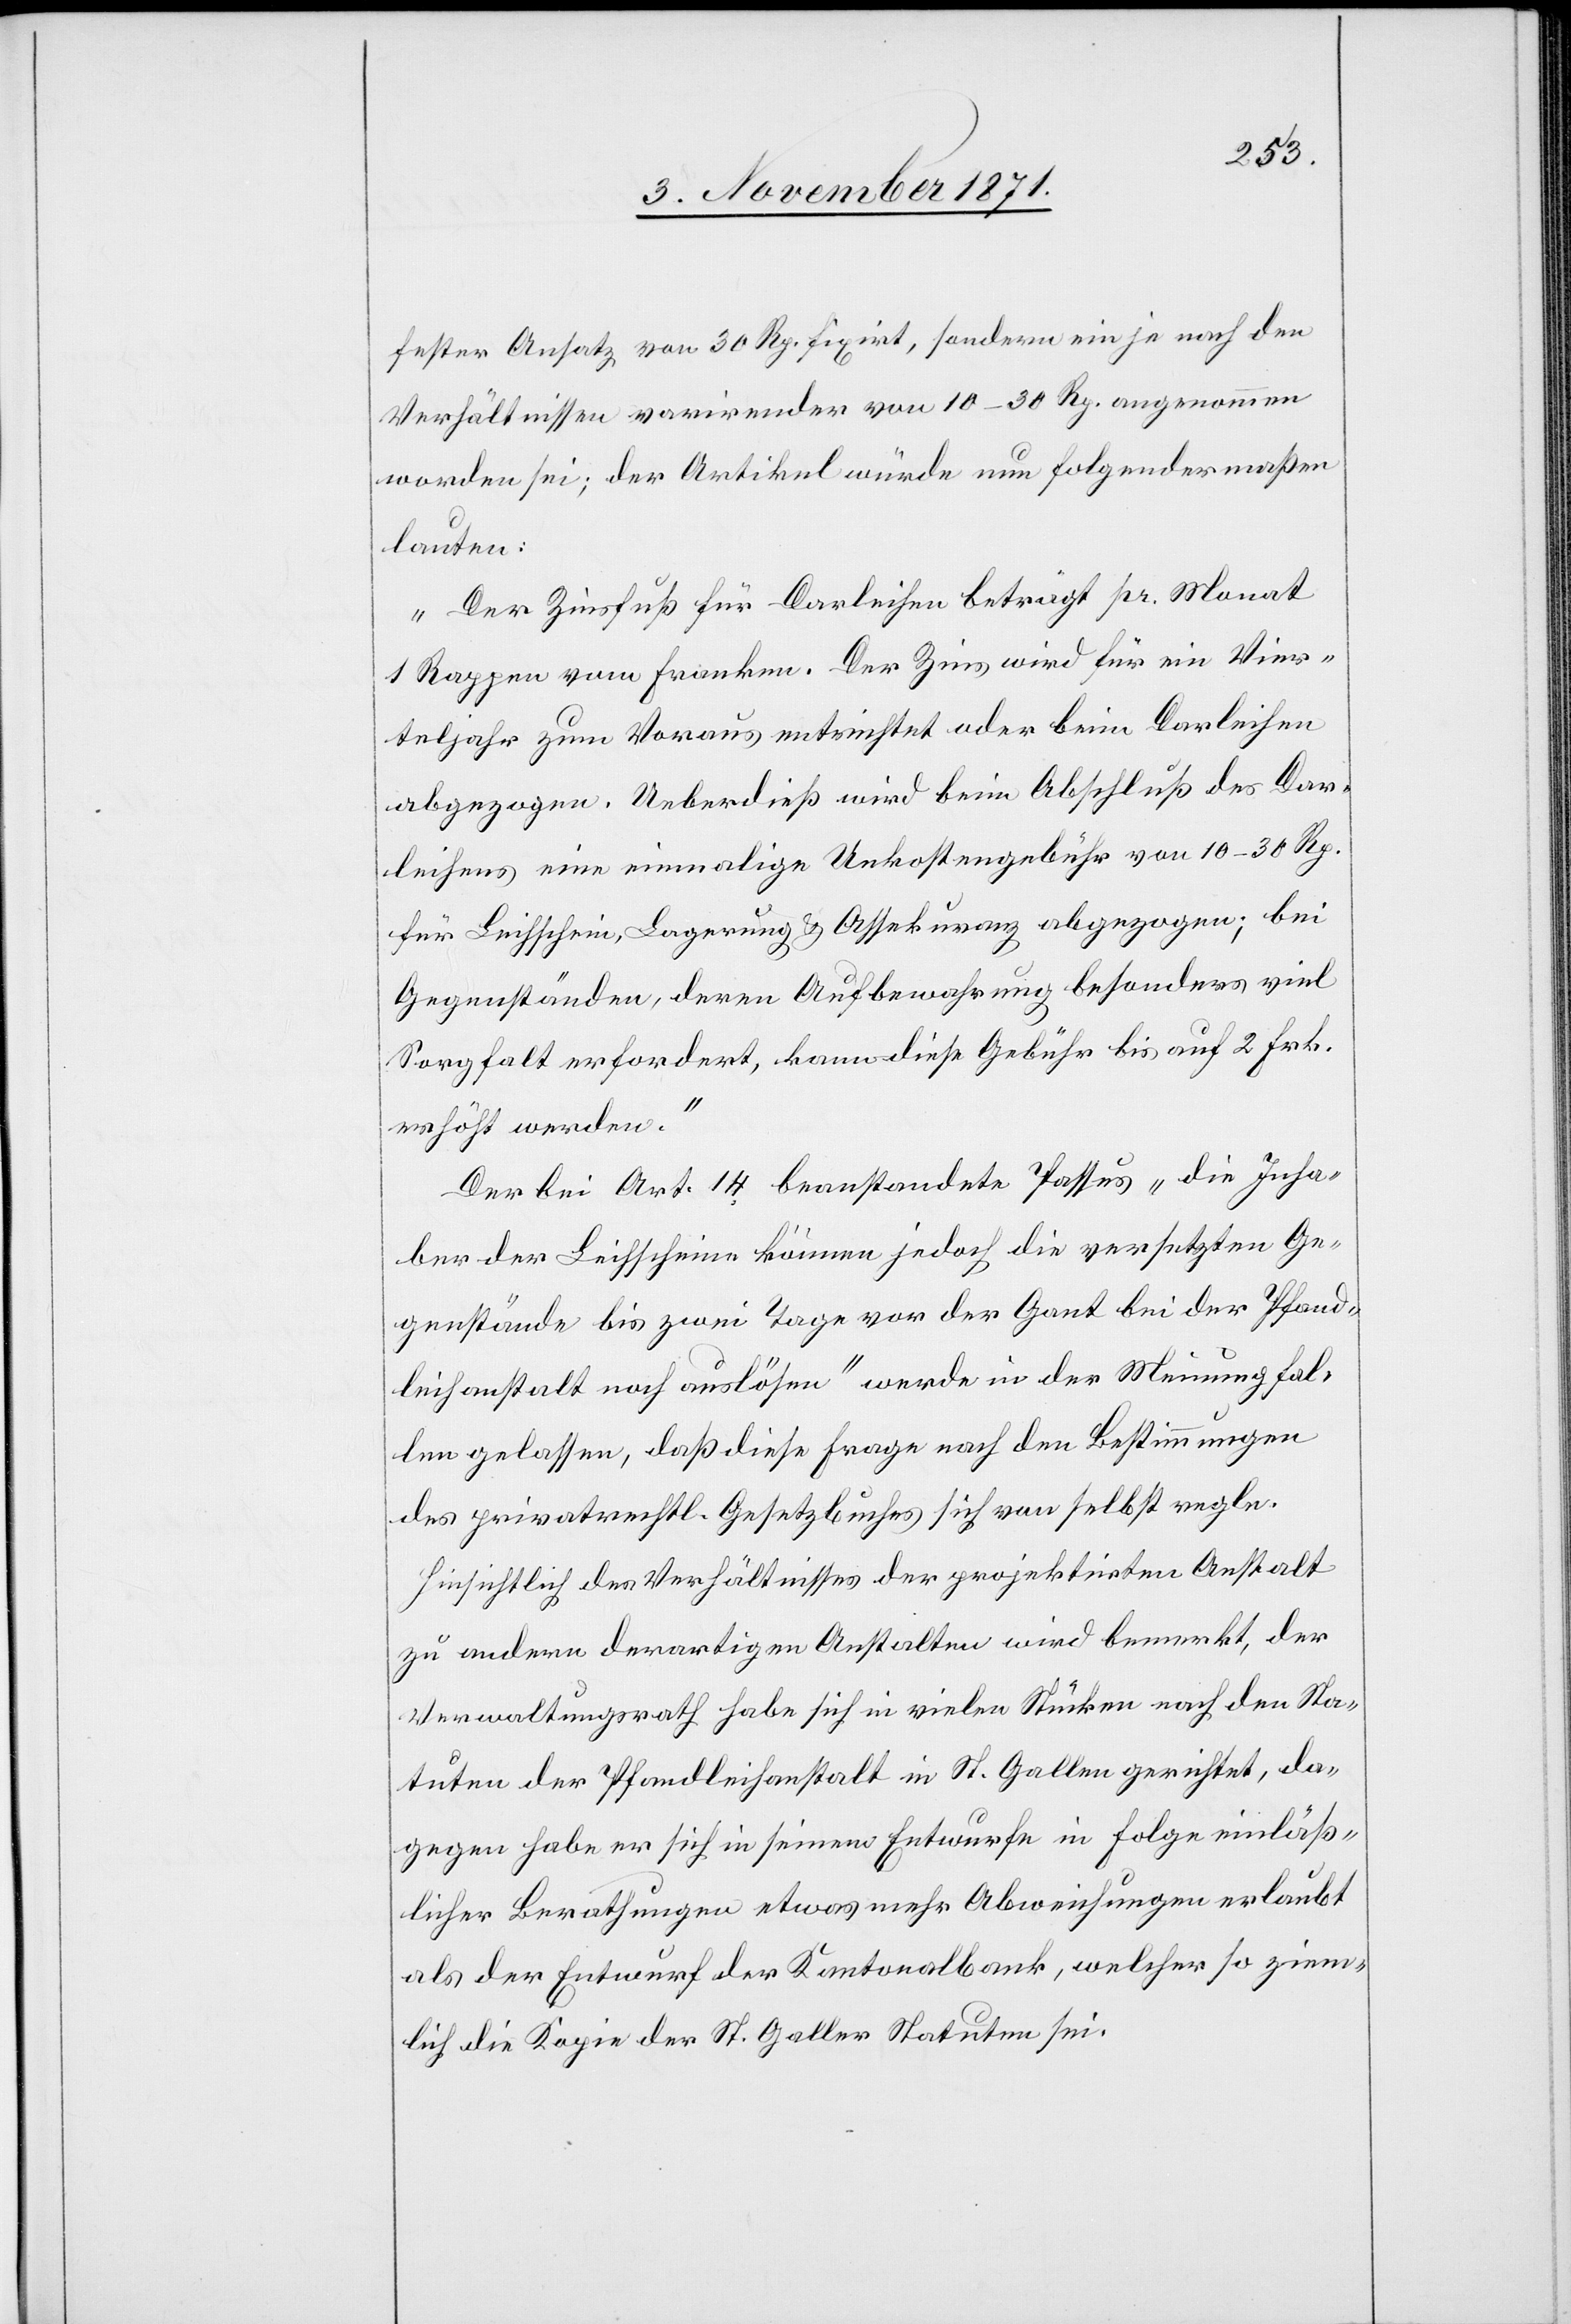
fester Ansatz von 30 Rp. fixirt ist, sondern ein je nach den
Verhältnissen varirender von 10–30 Rp. angenommen
worden sei; der Artikel würde nun folgendermaßen
lauten:
„Der Zinsfuß für Darleihen beträgt pr. Monat
1 Rappen vom Franken. Der Zins wird für ein Vier¬
teljahr zum Voraus entrichtet oder beim Darleihen
abgezogen. Ueberdieß wird beim Abschluß des Dar¬
leihens eine einmalige Unkostengebühr von 10–30 Rp.
für Leihscheine, Lagerung & Assekuranz abgezogen; bei
Gegenständen, deren Aufbewahrung besonders viel
Sorgfalt erfordert, kann diese Gebühr bis auf 2 Frk.
erhöht werden.“
Der bei Art. 14 beanstandete Passus „die Inha¬
ber der Leihscheine können jedoch die versetzten Ge¬
genstände bis zwei Tage vor der Gant bei der Pfand¬
leihanstalt noch auslösen“ werde in der Meinung fal¬
len gelassen, daß diese Frage nach den Bestimmungen
des privatrechtl. Gesetzbuches sich von selbst regle.
Hinsichtlich des Verhältnisses der projektirten Anstalt
zu andern derartigen Anstalten wird bemerkt, der
Verwaltungsrath habe sich in vielen Stücken nach den Sta¬
tuten der Pfandleihanstalt in St. Gallen gerichtet, da¬
gegen habe er sich in seinem Entwurfe in Folge einläss¬
licher Berathungen etwas mehr Abweichungen erlaubt
als der Entwurf der Kantonalbank, welcher so ziem¬
lich die Kopie der St. Galler Statuten sei.